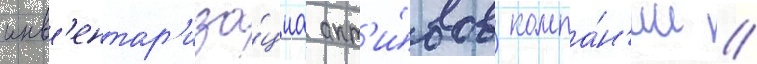
инв'ентар'иза́циа акт'и́вов компа́н'ии //